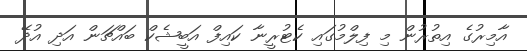
އާމިރުގެ އިތުރުން މި ފިލްމުގައި ކެޓުރީނާ ކައިފް އަބީޝެކް ބައްޗަން އަދި އުދޭ